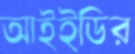
আইইডির